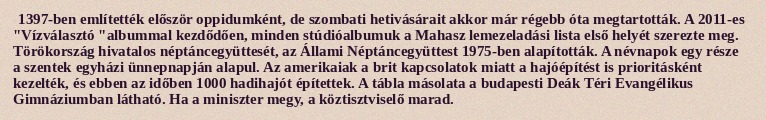
1397-ben említették először oppidumként, de szombati hetivásárait akkor már régebb óta megtartották. A 2011-es "Vízválasztó "albummal kezdődően, minden stúdióalbumuk a Mahasz lemezeladási lista első helyét szerezte meg. Törökország hivatalos néptáncegyüttesét, az Állami Néptáncegyüttest 1975-ben alapították. A névnapok egy része a szentek egyházi ünnepnapján alapul. Az amerikaiak a brit kapcsolatok miatt a hajóépítést is prioritásként kezelték, és ebben az időben 1000 hadihajót építettek. A tábla másolata a budapesti Deák Téri Evangélikus Gimnáziumban látható. Ha a miniszter megy, a köztisztviselő marad.